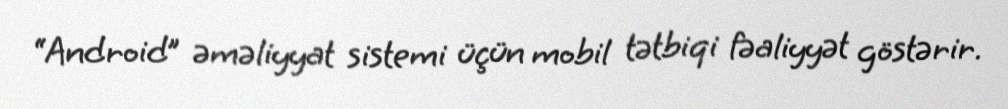
“Android” əməliyyat sistemi üçün mobil tətbiqi fəaliyyət göstərir.